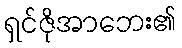
ရှင်ဇိုအာဘေး၏